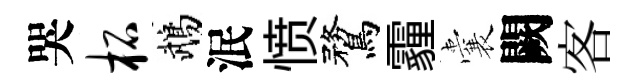
哭柘鵡泯愤鶩霾囊闕客